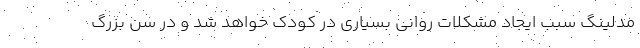
مدلینگ سبب ایجاد مشکلات روانی بسیاری در کودک خواهد شد و در سن بزرگ